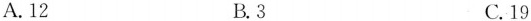
A.12 B.3 C.19